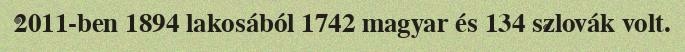
2011-ben 1894 lakosából 1742 magyar és 134 szlovák volt.